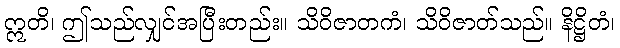
ဣတိ၊ ဤသည်လျှင်အပြီးတည်း။ သိဝိဇာတကံ၊ သိဝိဇာတ်သည်။ နိဋ္ဌိတံ၊